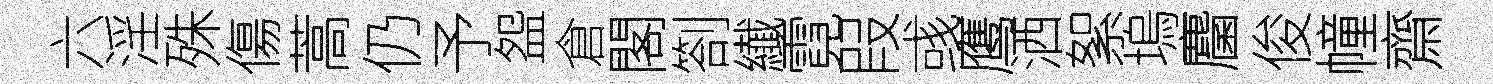
六淫殊傷蒿仍予盌倉閣劄纎霓叚彧鹰洒絮塢麕俊幢齋